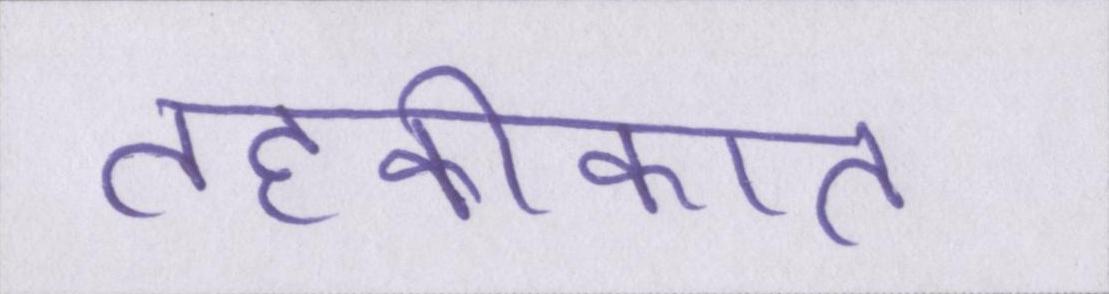
तहकीकात